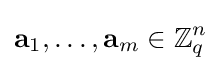
\mathbf {a} _{1},\ldots ,\mathbf {a} _{m}\in \mathbb {Z} _{q}^{n}